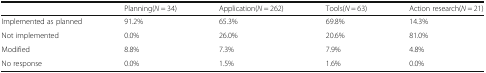
|  | Planning(N = 34) | Application(N = 262) | Tools(N = 63) | Action research(N = 21) |
 | --- | --- | --- | --- | --- |
 | Implemented as planned | 91.2% | 65.3% | 69.8% | 14.3% |
 | Not implemented | 0.0% | 26.0% | 20.6% | 81.0% |
 | Modified | 8.8% | 7.3% | 7.9% | 4.8% |
 | No response | 0.0% | 1.5% | 1.6% | 0.0% |